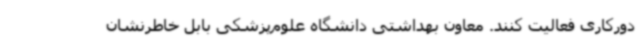
دورکاری فعالیت کنند. معاون بهداشتی دانشگاه علوم‌پزشکی بابل خاطرنشان